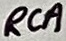
Text: RCA